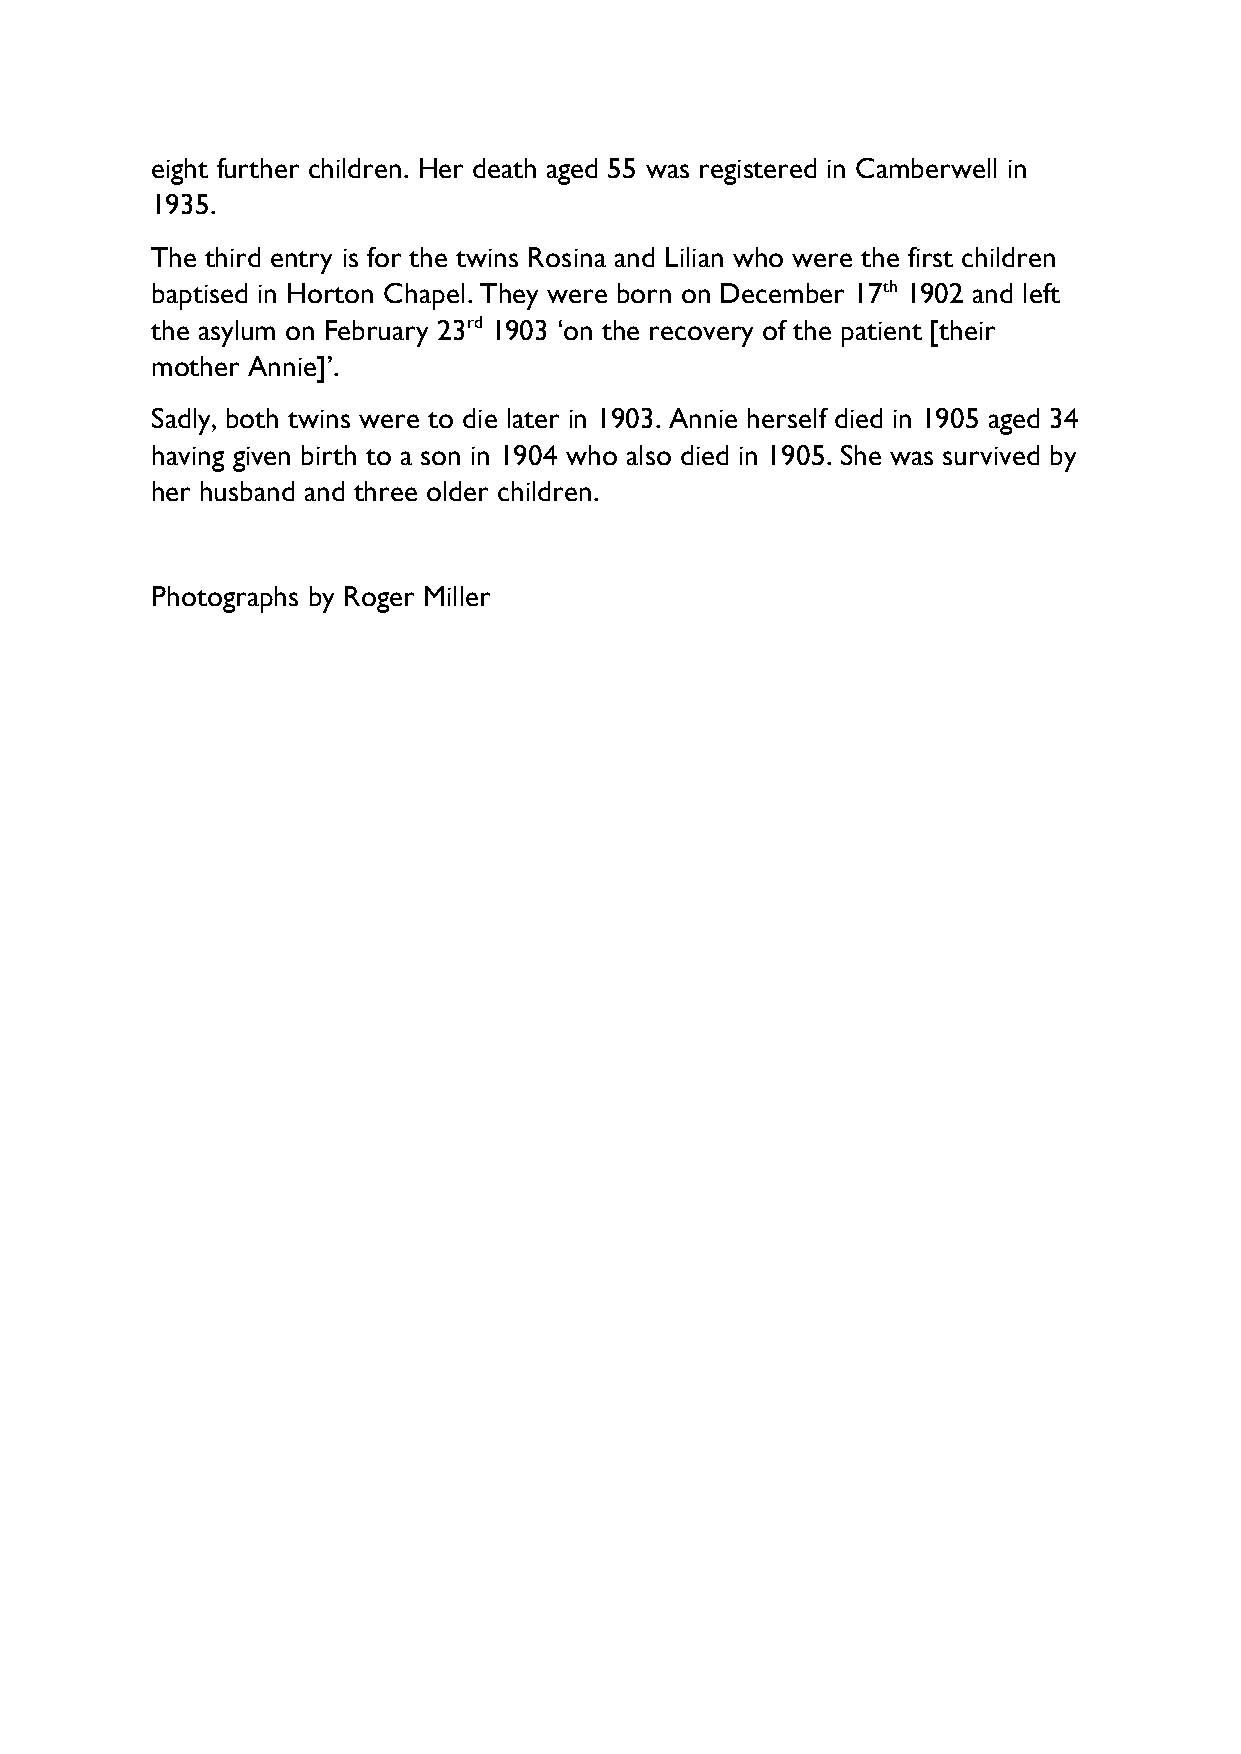
eight further children. Her death aged 55 was registered in Camberwell in
 1935.
 The third entry is for the twins Rosina and Lilian who were the first children
 baptised in Horton Chapel. They were born on December 17th 1902 and left
 the asylum on February 23rd 1903 ‘on the recovery of the patient [their
 mother Annie]’.
 Sadly, both twins were to die later in 1903. Annie herself died in 1905 aged 34
 having given birth to a son in 1904 who also died in 1905. She was survived by
 her husband and three older children.
 Photographs by Roger Miller